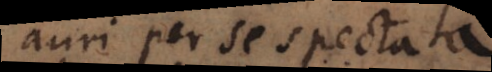
auri per se spectata